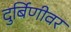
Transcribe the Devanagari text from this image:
दुर्बिणीवर